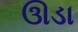
ઊડા